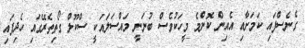
ގެނެސްފައި ކަމަށާއި އެއިން ކޮންމެ މީހަކުވެސް ބުނަނީ މައްސަލައަކީ ސްކޫލް ގޯތިތެރޭގައި ހެދިފައި